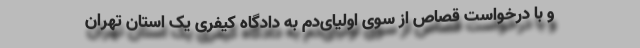
و با درخواست قصاص از سوی اولیای‌دم به دادگاه کیفری یک استان تهران